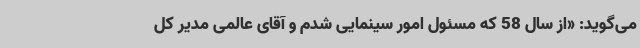
می‌گوید: «از سال 58 که مسئول امور سینمایی شدم و آقای عالمی مدیر کل